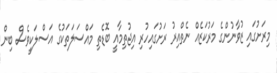
މިރަށުގައި ޒުވާނުންގެ މަރުކަޒެއް ނެތްއިރު ރަށުގައިހުރި އިޖުތިމާއީ ބޮޑެތި މައްސަލަތަކުގެ އަސްލަކީވެސް ބިން